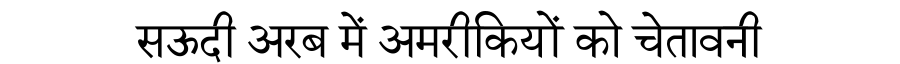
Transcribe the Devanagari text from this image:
सऊदी अरब में अमरीकियों को चेतावनी